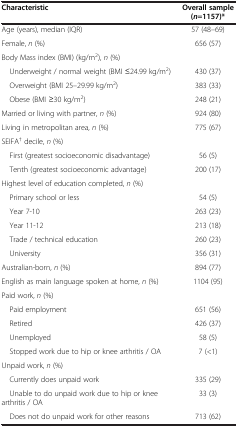
<table><thead><tr><td><b>Characteristic</b></td><td><b>Overall sample (<i>n</i>=1157)*</b></td></tr></thead><tbody><tr><td>Age (years), median (IQR)</td><td>57 (48–69)</td></tr><tr><td>Female, <i>n</i> (%)</td><td>656 (57)</td></tr><tr><td>Body Mass index (BMI) (kg/m<sup>2</sup>), <i>n</i> (%)</td><td> </td></tr><tr><td> Underweight / normal weight (BMI ≤24.99 kg/m<sup>2</sup>)</td><td>430 (37)</td></tr><tr><td> Overweight (BMI 25–29.99 kg/m<sup>2</sup>)</td><td>383 (33)</td></tr><tr><td> Obese (BMI ≥30 kg/m<sup>2</sup>)</td><td>248 (21)</td></tr><tr><td>Married or living with partner, <i>n</i> (%)</td><td>924 (80)</td></tr><tr><td>Living in metropolitan area, <i>n</i> (%)</td><td>775 (67)</td></tr><tr><td>SEIFA<sup>†</sup> decile, <i>n</i> (%)</td><td> </td></tr><tr><td> First (greatest socioeconomic disadvantage)</td><td>56 (5)</td></tr><tr><td> Tenth (greatest socioeconomic advantage)</td><td>200 (17)</td></tr><tr><td>Highest level of education completed, <i>n</i> (%)</td><td> </td></tr><tr><td> Primary school or less</td><td>54 (5)</td></tr><tr><td> Year 7-10</td><td>263 (23)</td></tr><tr><td> Year 11-12</td><td>213 (18)</td></tr><tr><td> Trade / technical education</td><td>260 (23)</td></tr><tr><td> University</td><td>356 (31)</td></tr><tr><td>Australian-born, <i>n</i> (%)</td><td>894 (77)</td></tr><tr><td>English as main language spoken at home, <i>n</i> (%)</td><td>1104 (95)</td></tr><tr><td>Paid work, <i>n</i> (%)</td><td> </td></tr><tr><td> Paid employment</td><td>651 (56)</td></tr><tr><td> Retired</td><td>426 (37)</td></tr><tr><td> Unemployed</td><td>58 (5)</td></tr><tr><td> Stopped work due to hip or knee arthritis / OA</td><td>7 (&lt;1)</td></tr><tr><td>Unpaid work, <i>n</i> (%)</td><td> </td></tr><tr><td> Currently does unpaid work</td><td>335 (29)</td></tr><tr><td> Unable to do unpaid work due to hip or knee arthritis / OA</td><td>33 (3)</td></tr><tr><td> Does not do unpaid work for other reasons</td><td>713 (62)</td></tr></tbody></table>